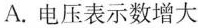
A.电压表示数增大